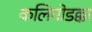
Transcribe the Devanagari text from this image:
कलियोडक्का